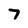
Character: 7